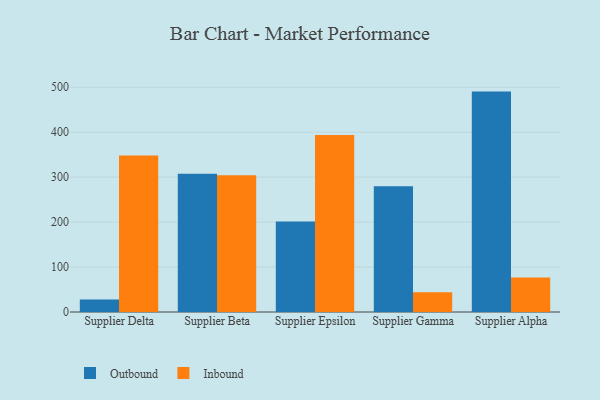
{"axis": {"x": "Supplier", "y": "Latency (ms)"}, "legend": ["Inbound", "Outbound"], "data": [{"x": "Supplier Delta", "y": 27.7, "type": "Outbound"}, {"x": "Supplier Delta", "y": 348.0, "type": "Inbound"}, {"x": "Supplier Beta", "y": 307.8, "type": "Outbound"}, {"x": "Supplier Beta", "y": 304.1, "type": "Inbound"}, {"x": "Supplier Epsilon", "y": 201.6, "type": "Outbound"}, {"x": "Supplier Epsilon", "y": 393.6, "type": "Inbound"}, {"x": "Supplier Gamma", "y": 279.6, "type": "Outbound"}, {"x": "Supplier Gamma", "y": 43.9, "type": "Inbound"}, {"x": "Supplier Alpha", "y": 490.3, "type": "Outbound"}, {"x": "Supplier Alpha", "y": 76.5, "type": "Inbound"}]}